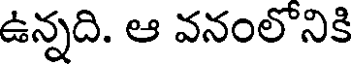
ఉన్నది. ఆ వనంలోనికి